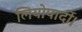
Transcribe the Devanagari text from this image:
लियोपार्दी।